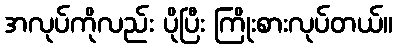
အလုပ်ကိုလည်း ပိုပြီး ကြိုးစားလုပ်တယ်။